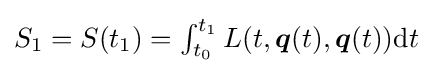
{\textstyle S_{1}=S(t_{1})=\int _{t_{0}}^{t_{1}}L(t,{\boldsymbol {q}}(t),{\boldsymbol {q}}(t)){\rm {d}}t}